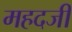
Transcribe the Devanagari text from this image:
महदजी